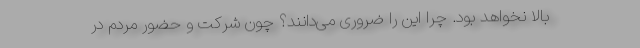
بالا نخواهد بود. چرا این را ضروری می‌دانند؟ چون شرکت و حضور مردم در